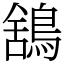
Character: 鵨